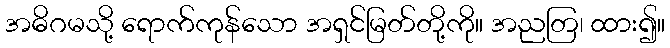
အဓိဂမသို့ ရောက်ကုန်သော အရှင်မြတ်တို့ကို။ အညတြ၊ ထား၍။